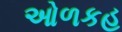
ઓળકહ